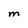
Character: M